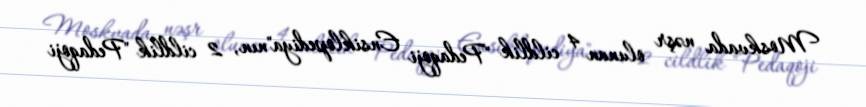
Moskvada nəşr olunan 4 cildlik "Pedaqoji Ensiklopediya"nın, 2 cildlik "Pedaqoji